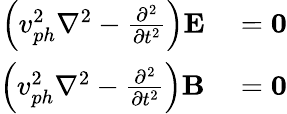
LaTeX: \begin{array}{rl}{\left(v_{ph}^{2}\nabla^{2}-{\frac{\partial^{2}}{\partial t^{2}}}\right)\mathbf{E}}&{{}=\mathbf{0}}\\ {\left(v_{ph}^{2}\nabla^{2}-{\frac{\partial^{2}}{\partial t^{2}}}\right)\mathbf{B}}&{{}=\mathbf{0}}\end{array}